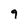
Character: 9